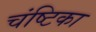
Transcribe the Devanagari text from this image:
चंष्टिका